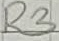
Text: R3